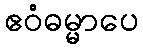
ဧဝံဓမ္မာပေ